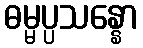
ဓမ္မပ္ပသန္နော